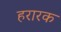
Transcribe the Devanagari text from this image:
हरारक